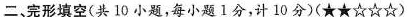
二完形填空(共10小题，每小题1分，计10分)(★★☆☆☆)